Report on metropolitan horse fairs and district horse shows of 1891-92 - 1891-1892
Year: 1891
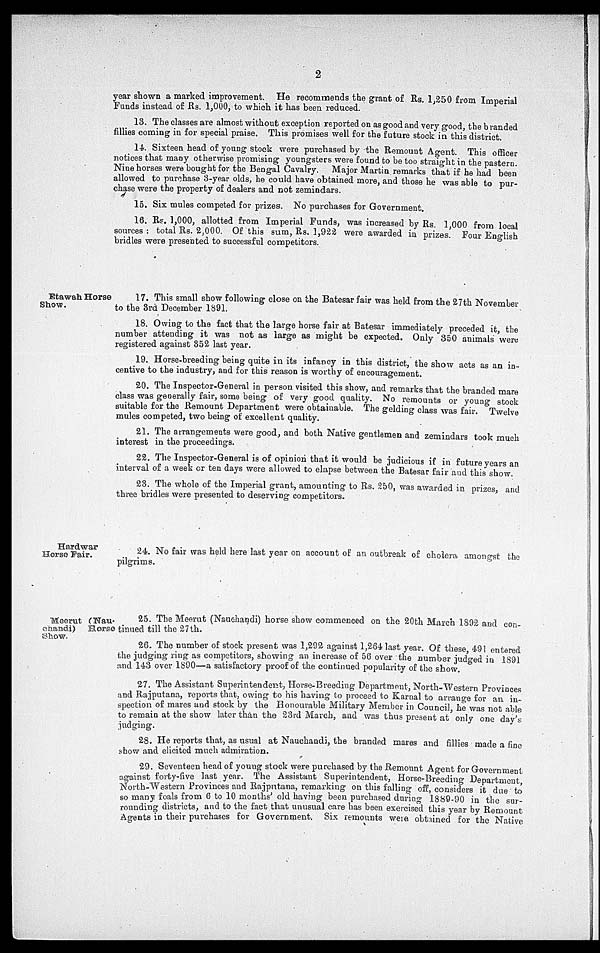
2
year shown a marked improvement. He recommends the grant of Rs. 1,250 from Imperial
Funds instead of Rs. 1,000, to which it has been reduced.
13. The classes are almost without exception reported on as good and very good, the branded
fillies coming in for special praise. This promises well for the future stock in this district.
14. Sixteen head of young stock were purchased by the Remount Agent. This officer
notices that many otherwise promising youngsters were found to be too straight in the pastern
Nine horses were bought for the Bengal Cavalry.
Major Martin remarks that if he had been
allowed to purchase 3-year olds, he could have obtained more, and those he was able to pur-
chase were the property of dealers and not zemindars.
15. Six mules competed for prizes. No purchases for Government.
16. Rs. 1,000, allotted from Imperial Funds, was increased by Rs. 1,000 from local
sources: total Rs. 2,000. Of this sum, Rs. 1,922 were awarded in prizes. Four English
bridles were presented to successful competitors.
Etawah Horse
Show.
17. This small show following
close on the Batesar fair was held from the 27th November
to the 3rd December 1891.
18. Owing to the fact that the large horse fair at Batesar immediately preceded it the
number attending it was not as large as might be expected. Only 350 animals were
registered against 352 last year.
19 Horse-breeding being quite in its infancy in this district, the show acts as an in-
centive to the industry, and for this reason is worthy of encouragement.
20. The Inspector-General in person visited this show, and remarks that the branded mare
class was geuerally fair, some being of very good quality. No remounts or young stock
suitable for the Remount Department were obtainable. The
gelding
class
was
fair.
mules competed, two being of excellent quality.
21. The arrangements were good, and both Native gentlemen and zemindars took much
interest in the proceedings.
22. The Inspector-General is of opinion that it would be judicious if in future years an
interval of a week or ten days were allowed to elapse between the Batesar fair and this show.
23. The whole of the Imperial grant, amounting to Rs. 250, was awarded in prizes, and
three bridles were presented to deserving competitors.
Hardwar
Horse Fair.
24. No fair was held here last year on account of an outbreak of cholera amongst the
pilgrims.
Meerut (Nau-
chandi)
Horse
Show.
25. The Meerut (Nauchandi) horse show commenced on the 20th March 1892 and con-
tinued till the 27th.
26. The number of stock present was 1,292 against 1,264 last year. Of these 491 entered
the judging ring as competitors, showing an increase of 56 over the number judged in 1891
and 143 over 1890—a satisfactory proof of the continued popularity of the show.
27. The Assistant Superintendent, Horse-Breeding Department, North-Western Provinces
and Rajputana, reports that, owing to his having to proceed to Karnal to arrange for an in-
spection of mares and stock by the Honourable Military Member in Council, he was not able
to remain at the show later than the 23rd March, and was thus present at only one day's
judging.
28. He reports that, as usual at Nauchandi, the branded mares and fillies made a fine
show and elicited much admiration.
29. Seventeen head of young stock were purchased by the Remount Agent for Government
against forty-five last year. The Assistant Superintendent, Horse-Breeding Department
North-Western Provinces and Rajpntana, remarking on this falling off, considers it due to
so many foals from 6 to 10 months' old having been purchased during 1889-90 in the sur-
rounding districts, and to the fact that unusual care has been exercised this year by Remount
Agents in their purchases for Government, Six remounts were obtained for the Native